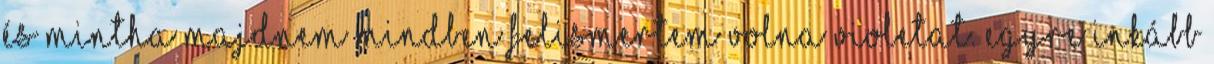
és mintha majdnem mindben felismertem volna Violetat. Egyre inkább